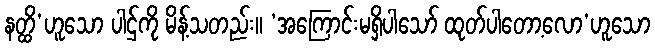
နတ္ထိ’ဟူသော ပါဌ်ကို မိန့်သတည်း။ ‘အကြောင်းမရှိပါသော် ထုတ်ပါတော့လော’ဟူသော